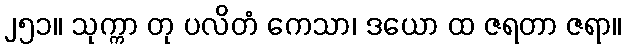
၂၅၁။ သုက္ကာ တု ပလိတံ ကေသာ၊ ဒယော ထ ဇရတာ ဇရာ။